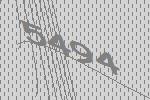
5494